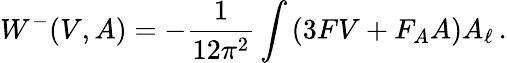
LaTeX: W^{-}(V,A)=-\frac{1}{12\pi^{2}}\int\left(3FV+F_{A}A\right)A_{\ell}\, .